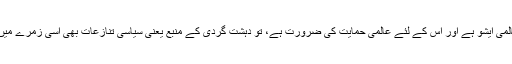
اگر دہشت گردی دو طرفہ معاملہ نہیں بلکہ عالمی ایشو ہے اور اس کے لئے عالمی حمایت کی ضرورت ہے، تو دہشت گردی کے منبع یعنی سیاسی تنازعات بھی اسی زمرے میں آتے ہیں اور ان کا قلع قمع بھی ضروری ہے۔